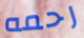
رحمه